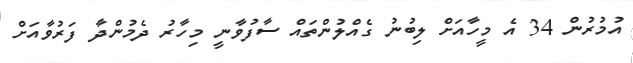
އުމުރުން 34 އެ މީހާއަށް ލިބުނު ގެއްލުންތައް ސާފުވާނީ މިހާރު ދެމުންދާ ފަރުވާއަށް